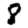
Digit: 8